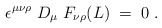
\begin{align*}\epsilon^{\mu \nu \rho} \; D_{\mu} \; F_{\nu \rho} (L) \;=\;0 \;.\end{align*}